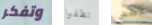
وتفكر نظفوا ليس